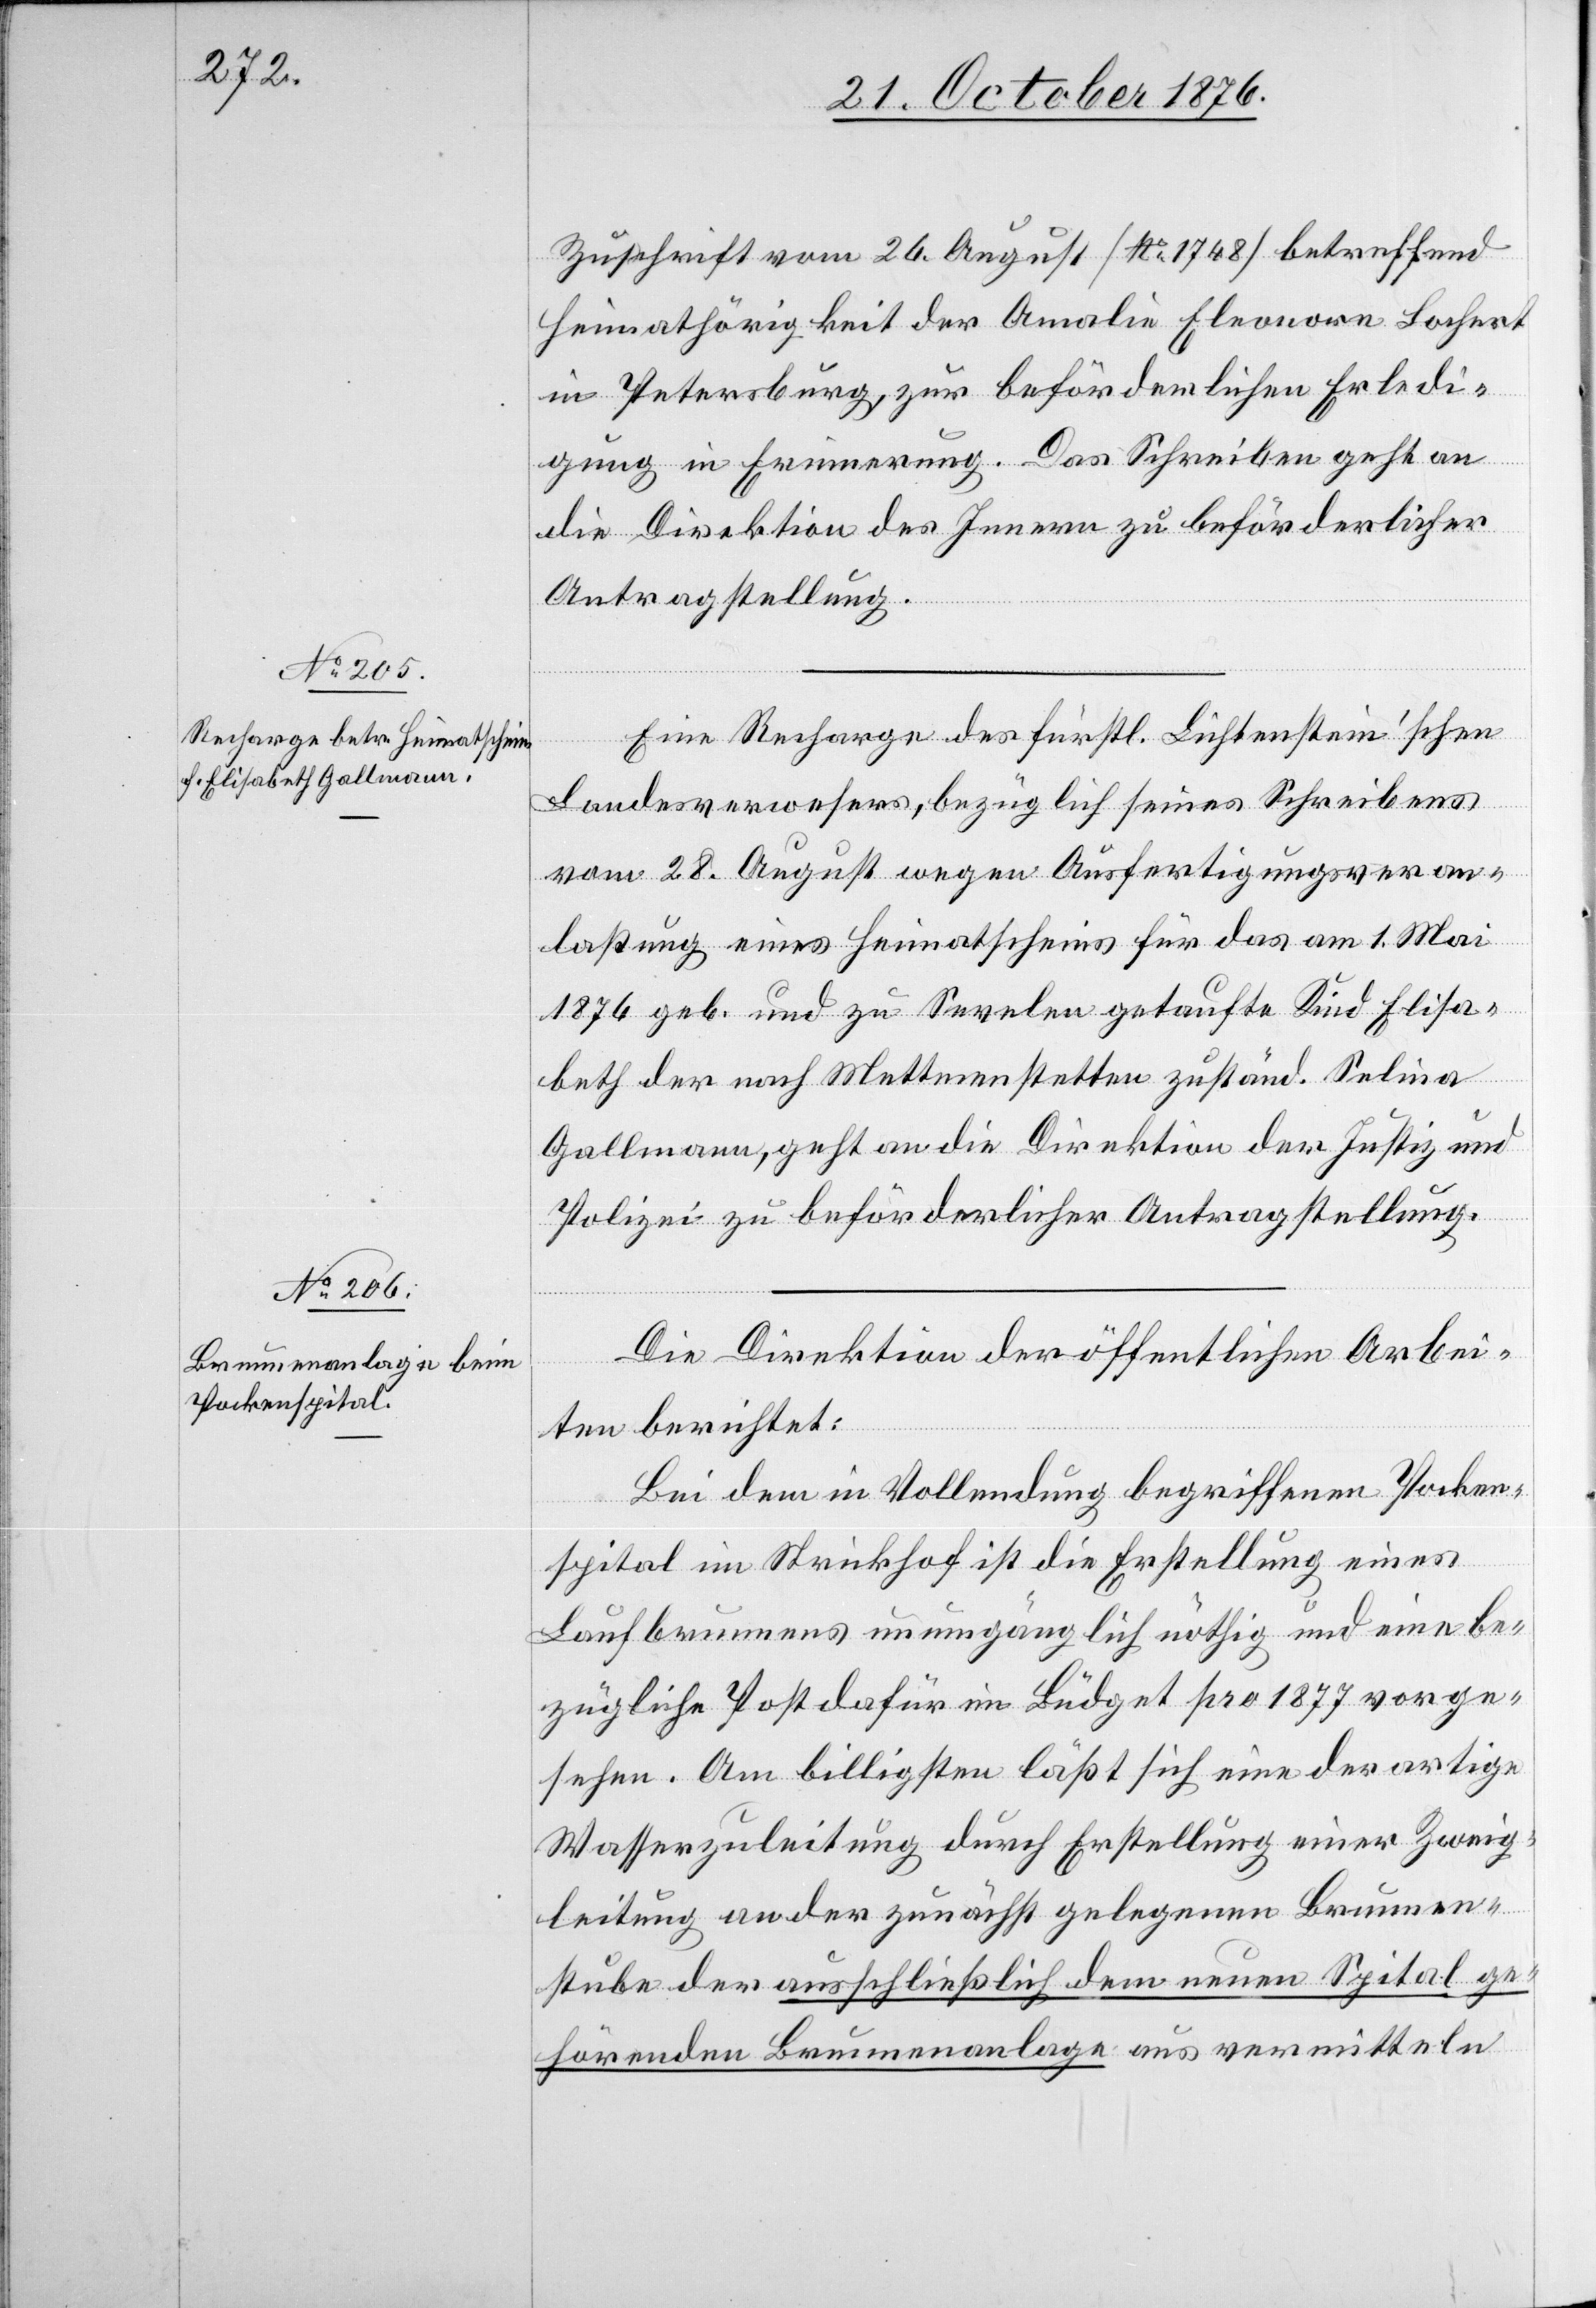
21. October 1876.]
Zuschrift vom 26. August [No 1748] betreffend
Heimathörigkeit der Amalie Eleonora Lochert
in Petersburg, zur beförderlichen Erledi¬
gung in Erneuerung. Das Schreiben geht an
die Direktion des Innern zu beförderlicher
Antragstellung.
Eine Recharge des fürstl. Lichtenstein’schen
Landesverwesers, bezüglich seines Schreibens
vom 28. August wegen Ausfertigungsveran¬
laßung eines Heimatscheins für das am 1. Mai
1876 geb. und zu Sevelen getaufte Kind Elisa¬
beth der nach Mettmenstetten zuständ. Selina
Gallmann, geht an die Direktion der Justiz und
Polizei zu beförderlicher Antragstellung.
Die Direktion der öffentlichen Arbei¬
ten berichtet:
Bei dem im Vollendung begriffenen Pocken¬
spital im Strickhof ist die Erstellung eines
Laufbrunnens unumgänglich nöthig und eine be¬
zügliche Post dafür im Büdget pro 1877 vorge¬
sehen. Am billigsten läßt sich eine derartige
Wasserzuleitung durch Erstellung einer Zweig¬
leitung an der zunächst gelegenen Brunnen¬
stube der ausschließlich dem neuen Spital ge¬
hörenden Brunnenanlage aus vermitteln